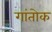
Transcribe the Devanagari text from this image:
गांतोक